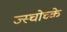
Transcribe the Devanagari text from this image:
ज्स्चोच्के